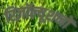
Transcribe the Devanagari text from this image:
रिज़ॉल्यूशनों